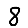
Digit: 8